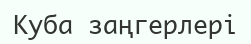
Куба заңгерлері